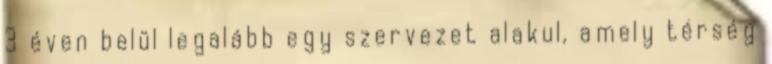
3 éven belül legalább egy szervezet alakul, amely térség